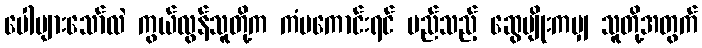
ပေါများသော်လဲ ကွယ်လွန်သူတို့က ကံမကောင်းရင် မည်သည့် ဆွေမျိုးကမျှ သူတို့အတွက်